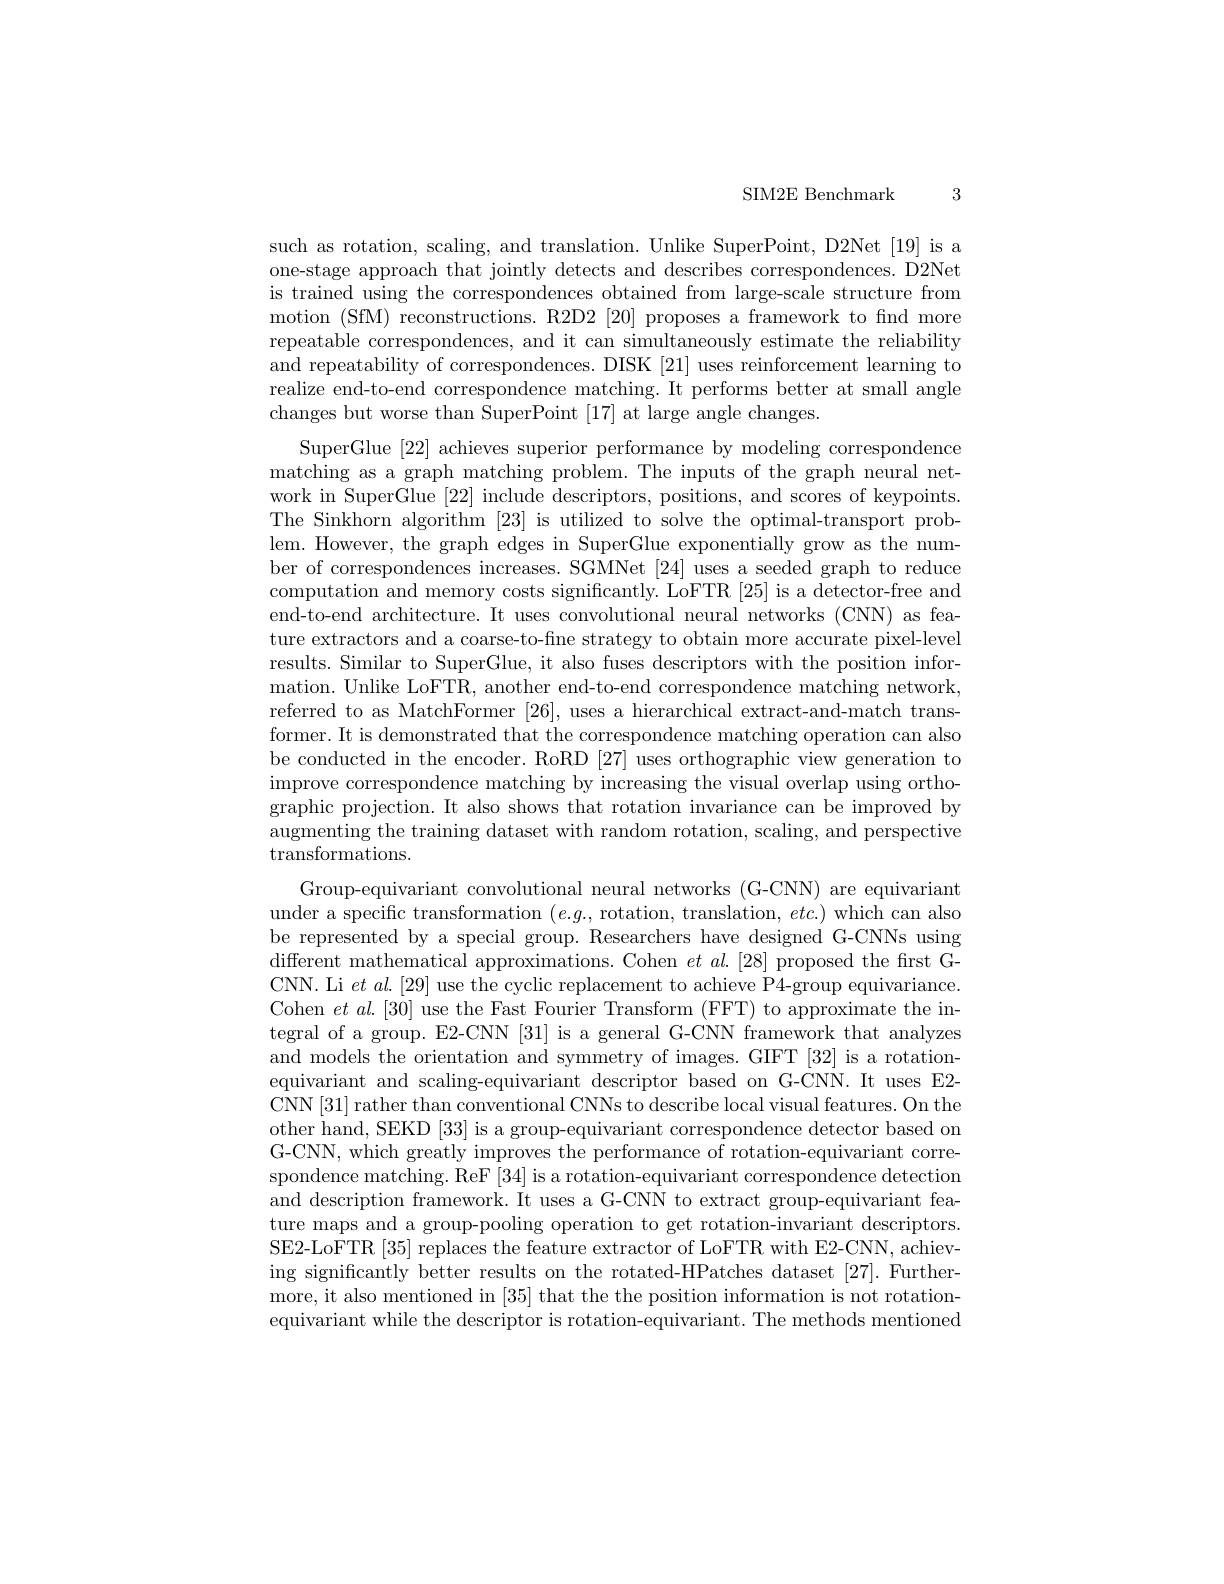
3

SIM2E Benchmark

such as rotation, scaling, and translation. Unlike SuperPoint, D2Net [19] is a one-stage approach that jointly detects and describes correspondences. D2Net is trained using the correspondences obtained from large-scale structure from motion (SfM) reconstructions. R2D2 [20] proposes a framework to fnd more repeatable correspondences, and it can simultaneously estimate the reliability and repeatability of correspondences. DISK [21] uses reinforcement learning to realize end-to-end correspondence matching. It performs better at small angle changes but worse than SuperPoint [17] at large angle changes.
SuperGlue [22] achieves superior performance by modeling correspondence matching as a graph matching problem. The inputs of the graph neural network in SuperGlue [22] include descriptors, positions, and scores of keypoints. The Sinkhorn algorithm [23] is utilized to solve the optimal-transport problem. However, the graph edges in SuperGlue exponentially grow as the number of correspondences increases. SGMNet [24] uses a seeded graph to reduce computation and memory costs significantly. LoFTR [25] is a detector-free and end-to-end architecture. It uses convolutional neural networks (CNN) as feature extractors and a coarse-to-fine strategy to obtain more accurate pixel-level results. Similar to SuperGlue, it also fuses descriptors with the position information. Unlike LoFTR, another end-to-end correspondence matching network, referred to as MatchFormer [26], uses a hierarchical extract-and-match transformer. It is demonstrated that the correspondence matching operation can also be conducted in the encoder. RoRD [27] uses orthographic view generation to improve correspondence matching by increasing the visual overlap using orthographic projection. It also shows that rotation invariance can be improved by augmenting the training dataset with random rotation, scaling, and perspective transformations.
Group-equivariant convolutional neural networks (G-CNN) are equivariant under a specific transformation $(e.g.$, rotation, translation, $etc.)$ which can also be represented by a special group. Researchers have designed G-CNNs using different mathematical approximations. Cohen $et\textit{al. [ 28] proposed the first G- }$ CNN. Li $et\textit{al. [ 29] use the cyclic replacement to achieve P4- group equivariance. }$ Cohen $etal.[30]$ use the Fast Fourier Transform (FFT) to approximate the integral of a group. E2-CNN [31] is a general G-CNN framework that analyzes and models the orientation and symmetry of images. GIFT [32] is a rotationequivariant and scaling-equivariant descriptor based on G-CNN. It uses E2- CNN[31] rather than conventional CNNs to describe local visual features. On the other hand, SEKD [33] is a group-equivariant correspondence detector based on G-CNN, which greatly improves the performance of rotation-equivariant correspondence matching. ReF [34] is a rotation-equivariant correspondence detection and description framework. It uses a G-CNN to extract group-equivariant feature maps and a group-pooling operation to get rotation-invariant descriptors. SE2-LoFTR [35] replaces the feature extractor of LoFTR with E2-CNN, achieving significantly better results on the rotated-HPatches dataset [27]. Furthermore, it also mentioned in [35] that the the position information is not rotationequivariant while the descriptor is rotation-equivariant. The methods mentioned